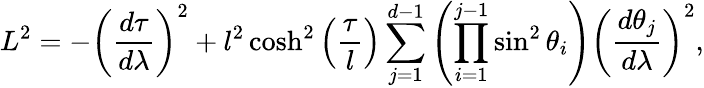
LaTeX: L^{2}=-\left(\frac{d\tau}{d\lambda}\right)^{2}+l^{2}\cosh^{2}\left(\frac{\tau}{l}\right)\sum_{j=1}^{d-1}\left(\prod_{i=1}^{j-1}\sin^{2}\theta_{i}\right)\left(\frac{d\theta_{j}}{d\lambda}\right)^{2},